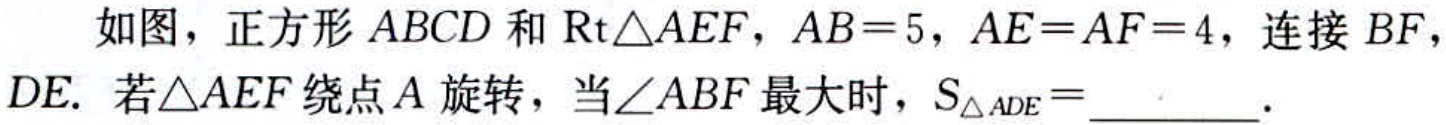
如图，正方形\(ABCD\)和\(\text{Rt}\triangle AEF\)，\(AB = 5\)，\(AE = AF = 4\)，连接\(BF\)，\(DE\). 若\(\triangle AEF\)绕点\(A\)旋转，当\(\angle ABF\)最大时，\(S_{\triangle ADE}=\underline{\quad\quad}\).